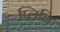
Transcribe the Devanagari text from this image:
प्लिनि